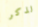
لذكر